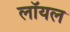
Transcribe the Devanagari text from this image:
लाॅयल